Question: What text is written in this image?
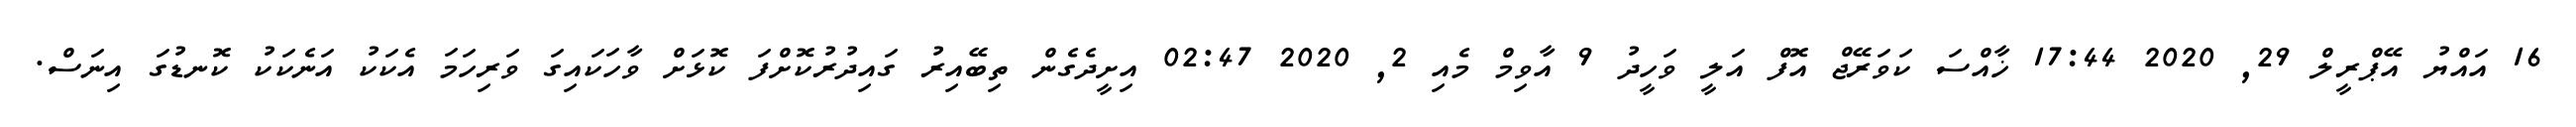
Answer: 16 އައްޔު އޭޕްރީލް 29, 2020 17:44 ޚާއްސަ ކަވަރޭޖް އޮފް އަލީ ވަހީދު 9 އާވިމް މެއި 2, 2020 02:47 އިށީދެގެން ތިބޭއިރު ގައިދުރުކޮށްފަ ކޮޅަށް ވާހަކައިގަ ވަރިހަމަ އެކަކު އަނެކަކު ކޮނޑުގަ އިނަސް.